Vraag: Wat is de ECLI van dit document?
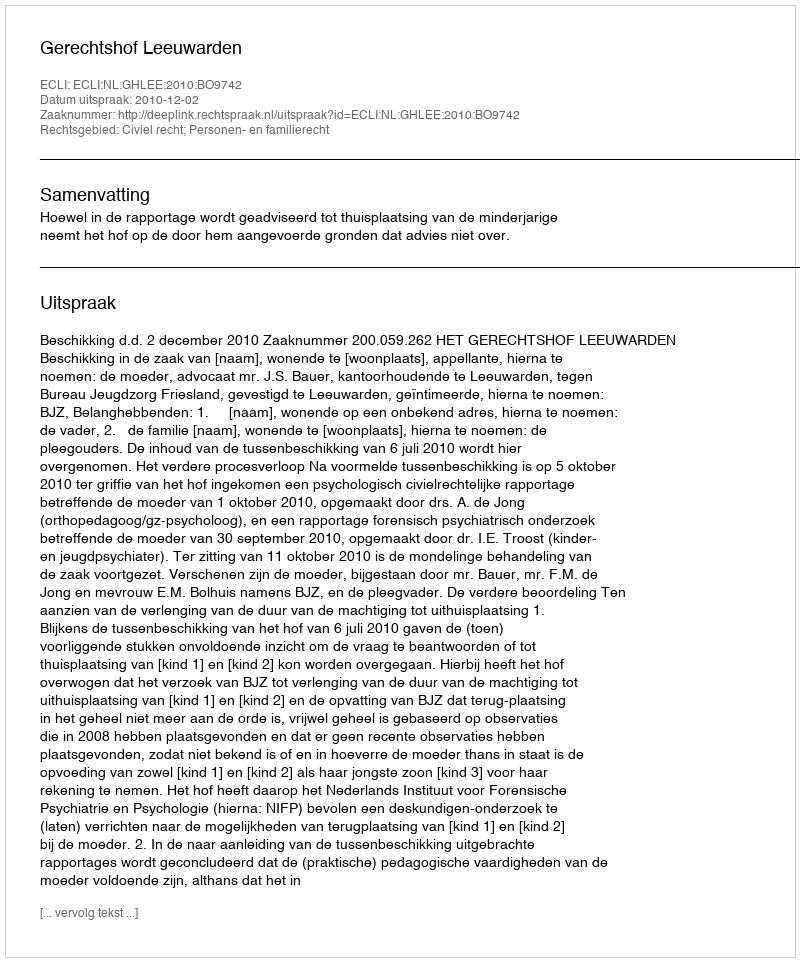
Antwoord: ECLI:NL:GHLEE:2010:BO9742